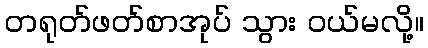
တရုတ်ဖတ်စာအုပ် သွား ဝယ်မလို့။